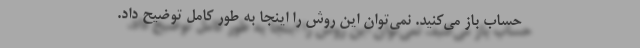
حساب باز می‌کنید. نمی‌توان این روش را اینجا به طور کامل توضیح داد.